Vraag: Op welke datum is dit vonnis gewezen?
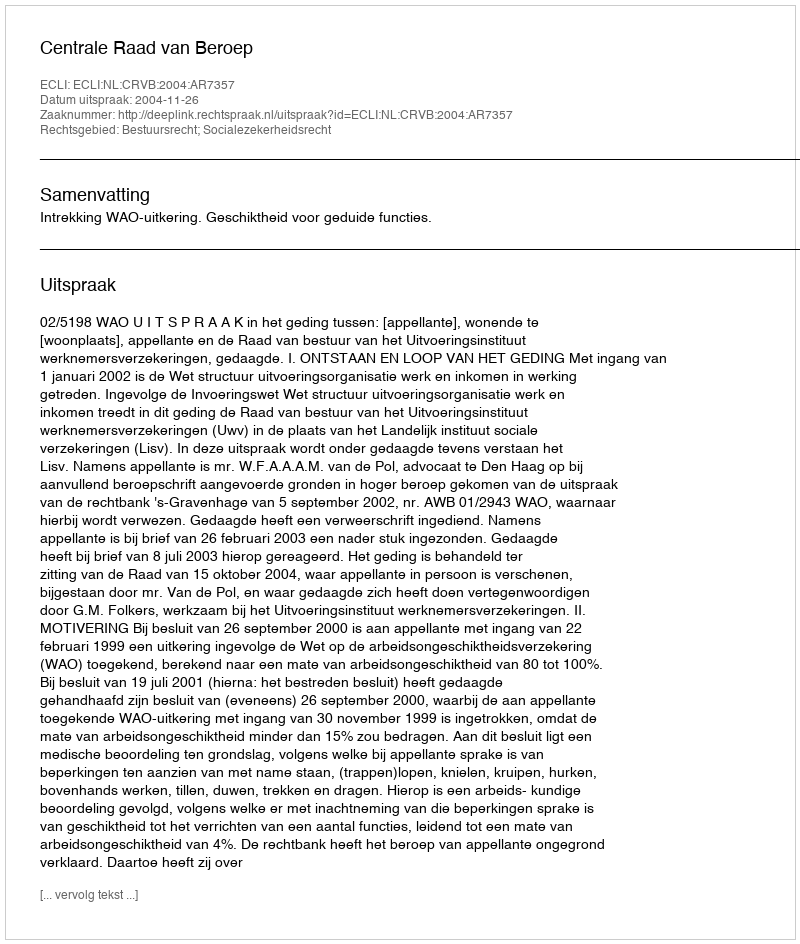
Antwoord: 2004-11-26